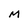
Character: M